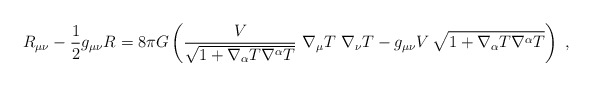
\begin{align*}R_{\mu \nu}-\frac{1}{2} g_{\mu \nu }R= 8\pi G \left(\frac{ V}{\sqrt {1 + \nabla_\alpha T \nabla^\alpha T }}\,\,\nabla_\mu T \,\, \nabla_\nu T - g_{\mu \nu } V \,\sqrt {1 + \nabla_\alpha T \nabla^\alpha T} \right) \ ,\end{align*}